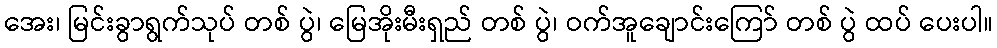
အေး၊ မြင်းခွာရွက်သုပ် တစ် ပွဲ၊ မြေအိုးမီးရှည် တစ် ပွဲ၊ ဝက်အူချောင်းကြော် တစ် ပွဲ ထပ် ပေးပါ။